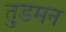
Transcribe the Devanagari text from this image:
तुडमन